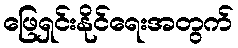
ဖြေရှင်းနိုင်ရေးအတွက်